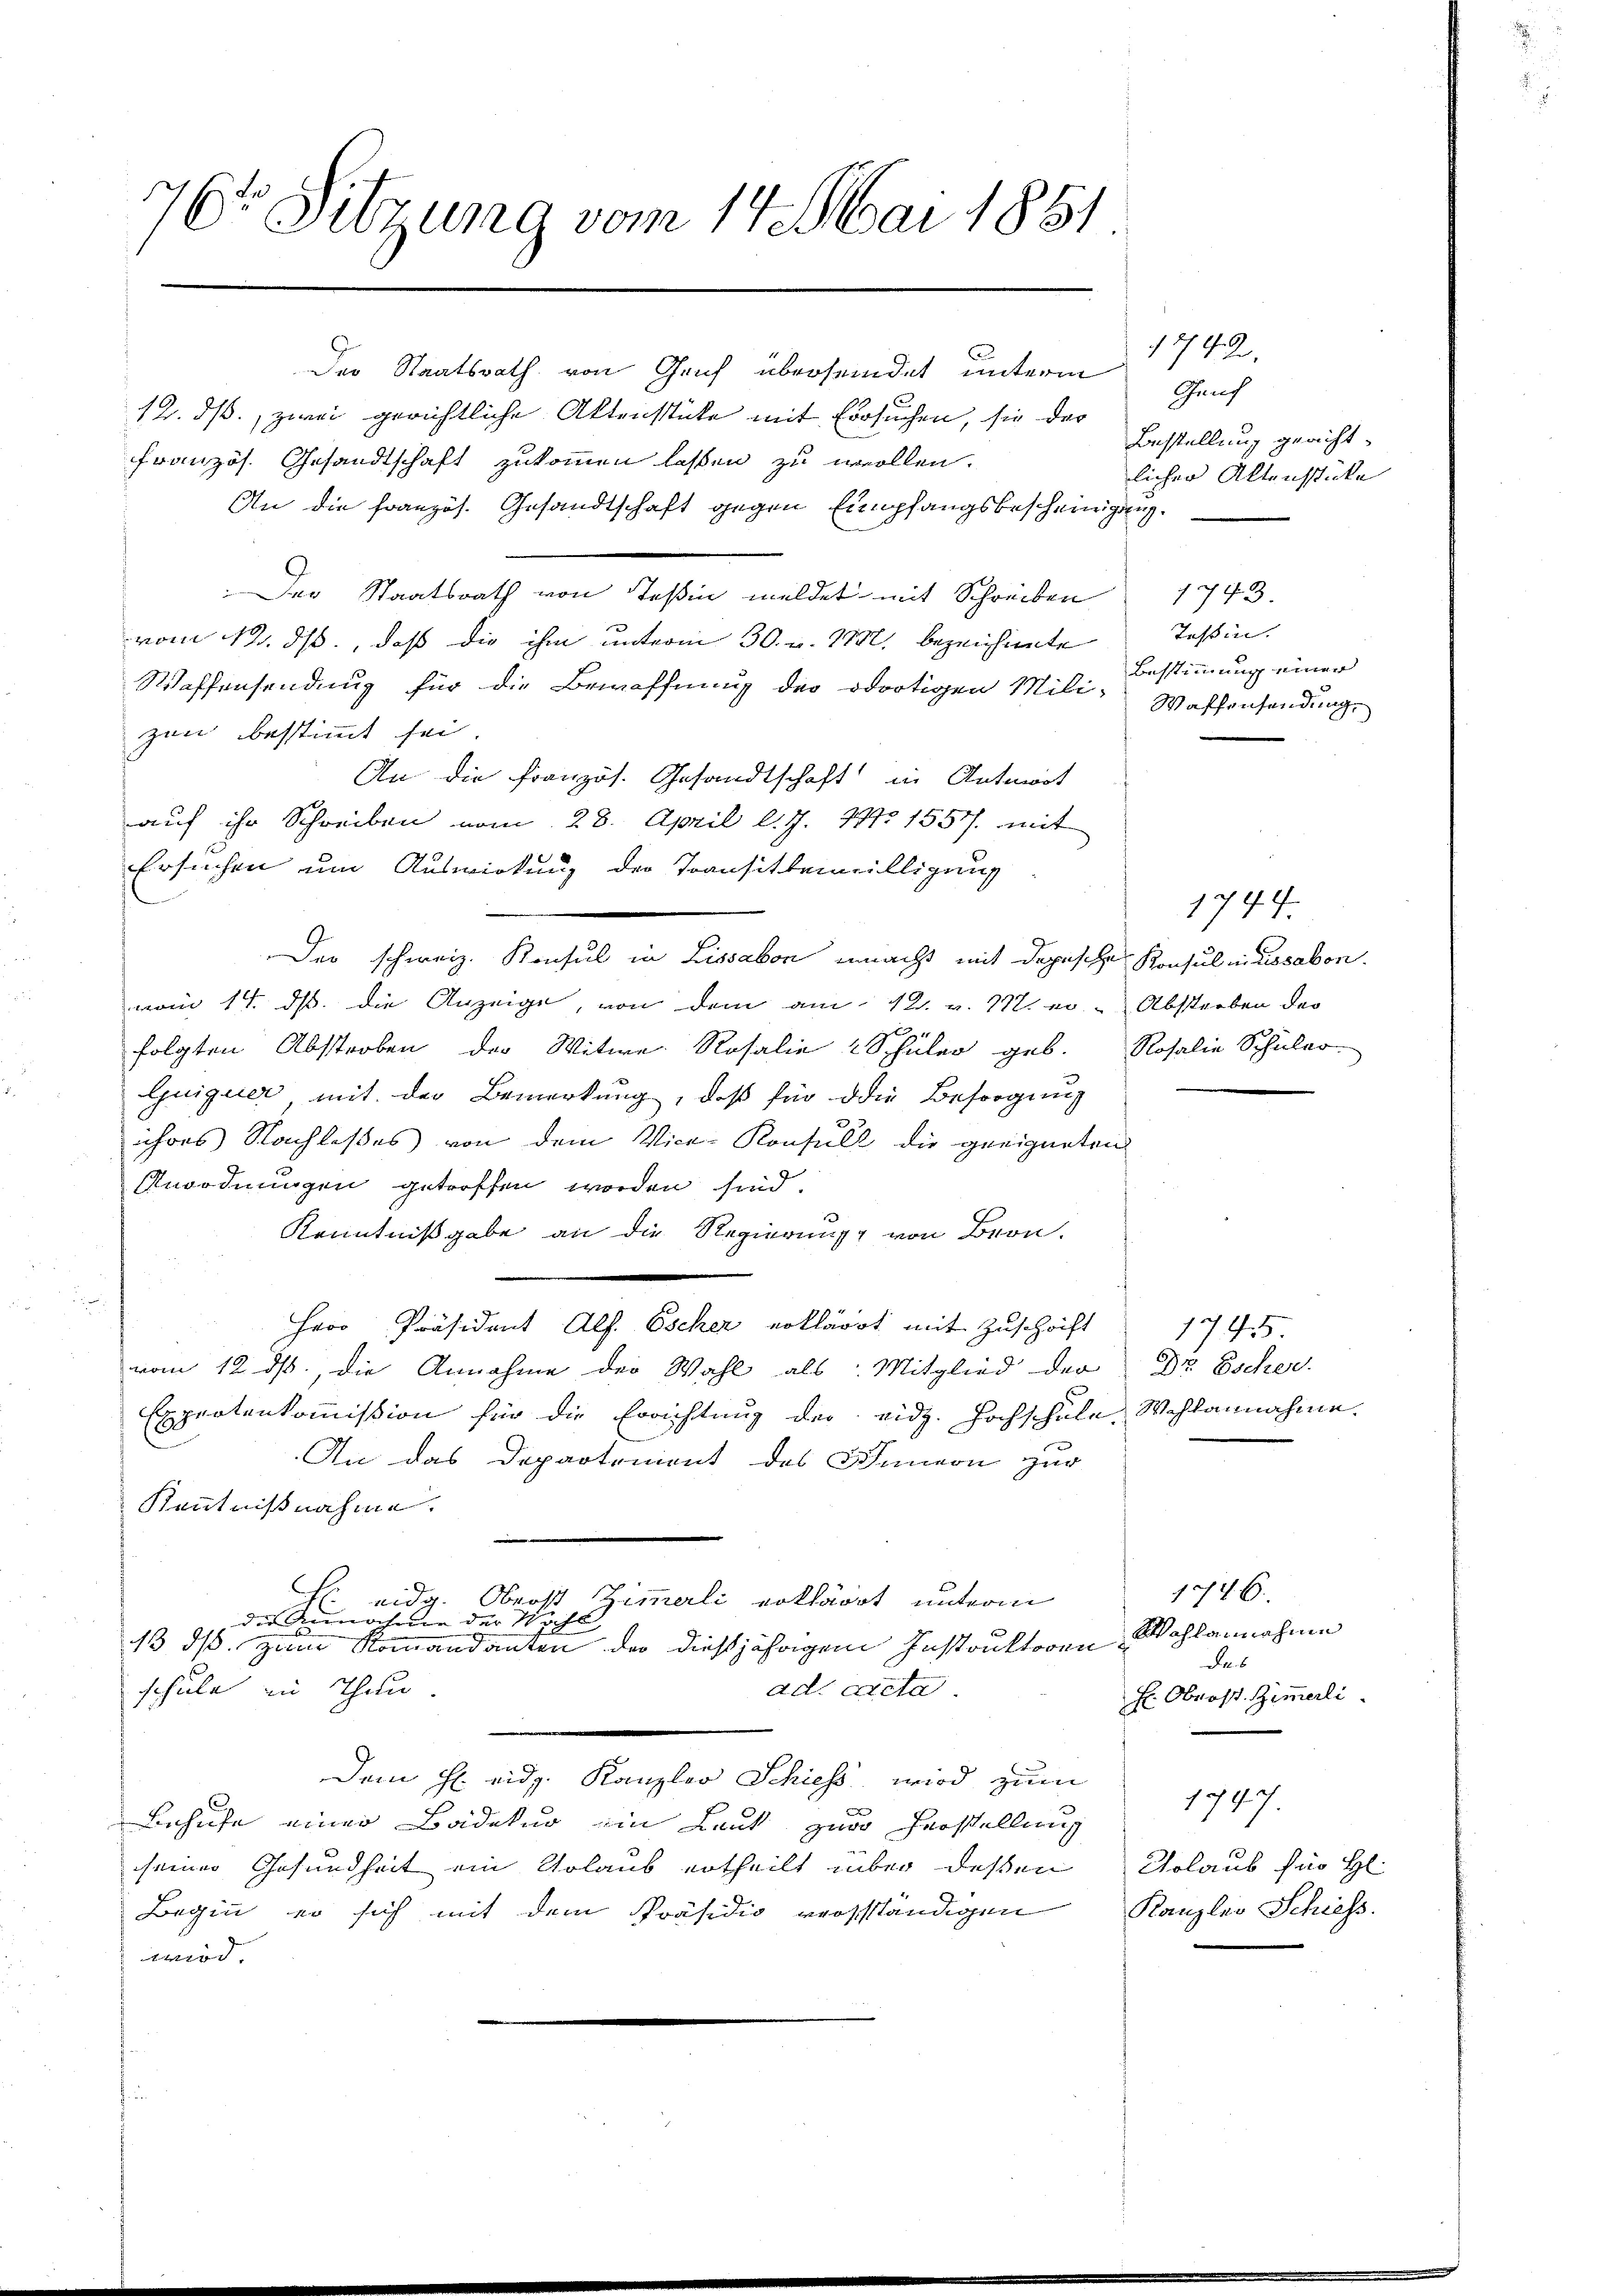
12. ds., zwei gerichtliche Aktenstüke mit Ersuchen, sie des
französ. Gesandtschaft zukommen laßen zu wollen.
An die französ. Gesandtschaft gegen Empfangsbescheinigung.
Der Staatsrath von Teßin meldet mit Schreiben
vom 12. ds., daß die ihm unterm 30. v. 1832. bezeichnete
Waffensendung für die Bewaffnung der dortigen Mili- Waffensendung,
zen bestimmt sei
An die Französ. Gesandtschaft in Antwort
auf ihr Schreiben vom 28. April l. J. 171. 1557/. mit
Ersuchen um Auswirkung der Transitbewilligung
Der schweiz. Konsul in Lissabon unnacht mit depeschen Konsul indossabon
vom 14. ds. die Anzeige, von dem am 12. v. 17. er Absterben der
folgten Abstreben der Witwe Rosalie 2 Schüler geb. Rosalie Schüler
Guiquer mit der Bemerkung, daß für die Besorgung
ihres Nachlasses von dem Vice-Konsult die geeigneten
Anordnungen getroffen worden sind.
Kenntnißgabe an die Regierung von Bern.
Herr Präsident Alf. Eschen erkläret mit Zuschrift
vom 12. ds, die Annahme der Wahl als: Mitglied der
Expertenkommission für die Errichtung der eidg. Hochschule Wahlannahme.
An das Departement des Innern zur
Kenntnißnahme.
 eidg. Oberst Zimmerli erkläret unterm
die Annahme der Woche
13. ds. zum Romandanten der dießjährigen Instruktoren
schule in Thun.
ad. Acta.
Dem H. eidg. Kanzler Schiess wird zum
Behufe einer Badekuo ein Laut zur Forstellung
seiner Gesundheit ein Urlaub ertheilt über dessen Urlaub für H
Beginn er sich mit dem Präsidio verständigen
wird

76t Sitzung vom 17. Mai 1881

r
Der Staatsrath

von Gruf übersendet unterm

1792.
Gauch
Bestellung gerichtlicher Aktensstücke

1743.
Tessin.
Bestimmung einer

1744.

1746.
Wohlannahme
Das
Er Obrost. Zimmerli

1795.
Dr Escher.

1747.
Kanzler Schiess.